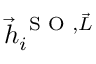
\vec { h } _ { i } ^ { \, \textrm { S O } , \vec { L } }